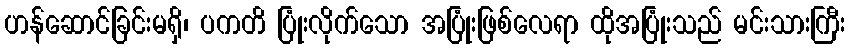
ဟန်ဆောင်ခြင်းမရှိ၊ ပကတိ ပြုံးလိုက်သော အပြုံးဖြစ်လေရာ ထိုအပြုံးသည် မင်းသားကြီး